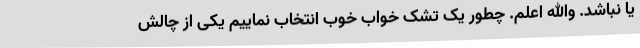
یا نباشد. والله اعلم. چطور یک تشک خواب خوب انتخاب نماییم یکی از چالش